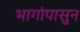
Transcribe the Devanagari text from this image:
भागांपासुन